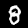
Label: 8